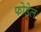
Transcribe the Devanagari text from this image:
फोडेल